Civil Veterinary Dept. North-West Frontier Province 1901-22 - 1901-1922
Year: 1901
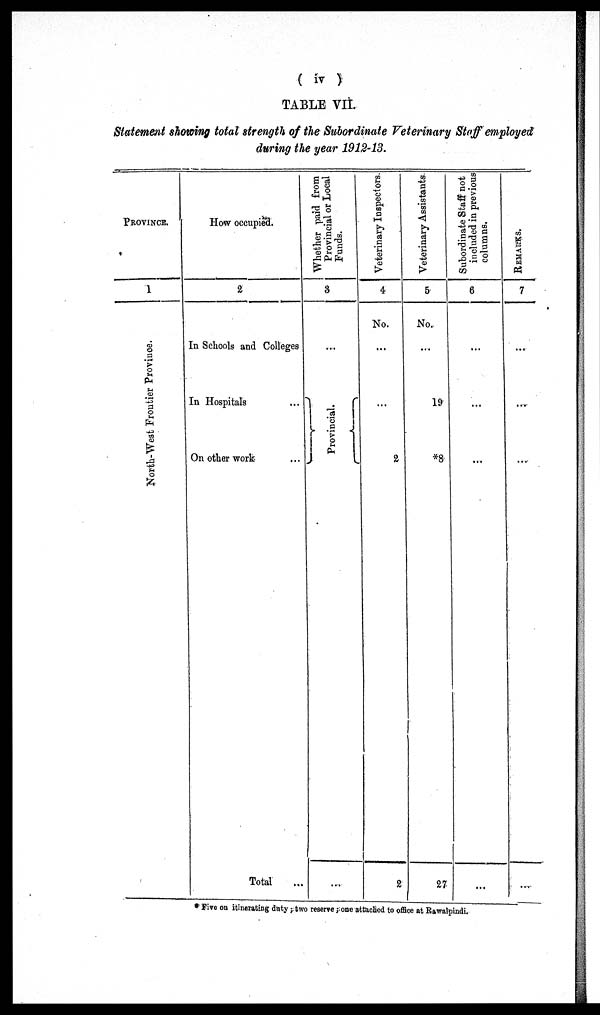
( iv )
TABLE VII.
Statement showing total strength of the Subordinate Veterinary Staff employed
during the year 1912-13.
PROVINCE.
1
North-West Frontier Province.
How occupied.
2
In Schools and Colleges
In Hospitals ...
On other work ...
Total ...
Whether paid from
Provincial or Local
Funds.
3
...
}Provincial.{
...
Veterinary Inspectors.
4
No.
...
...
2
2
Veterinary Assistants.
5
No.
...
19
*8
27
Subordinate Staff not
included in previous
columns.
6
...
...
...
...
REMARKS.
7
...
...
...
...
* Five on itinerating duty; two reserve; one attached to office at Rawalpindi.